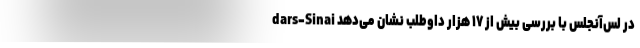
dars-Sinai در لس‌آنجلس با بررسی بیش از ۱۷ هزار داوطلب نشان می‌دهد